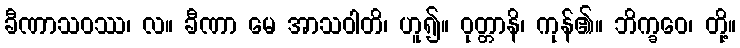
ခီဏာသဝဿ၊ လ။ ခီဏာ မေ အာသဝါတိ၊ ဟူ၍။ ဝုတ္တာနိ၊ ကုန်၏။ ဘိက္ခဝေ၊ တို့။